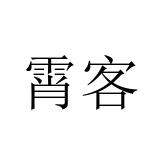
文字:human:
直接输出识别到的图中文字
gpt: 霄客